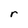
Character: r